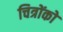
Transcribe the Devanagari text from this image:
चित्रोंको